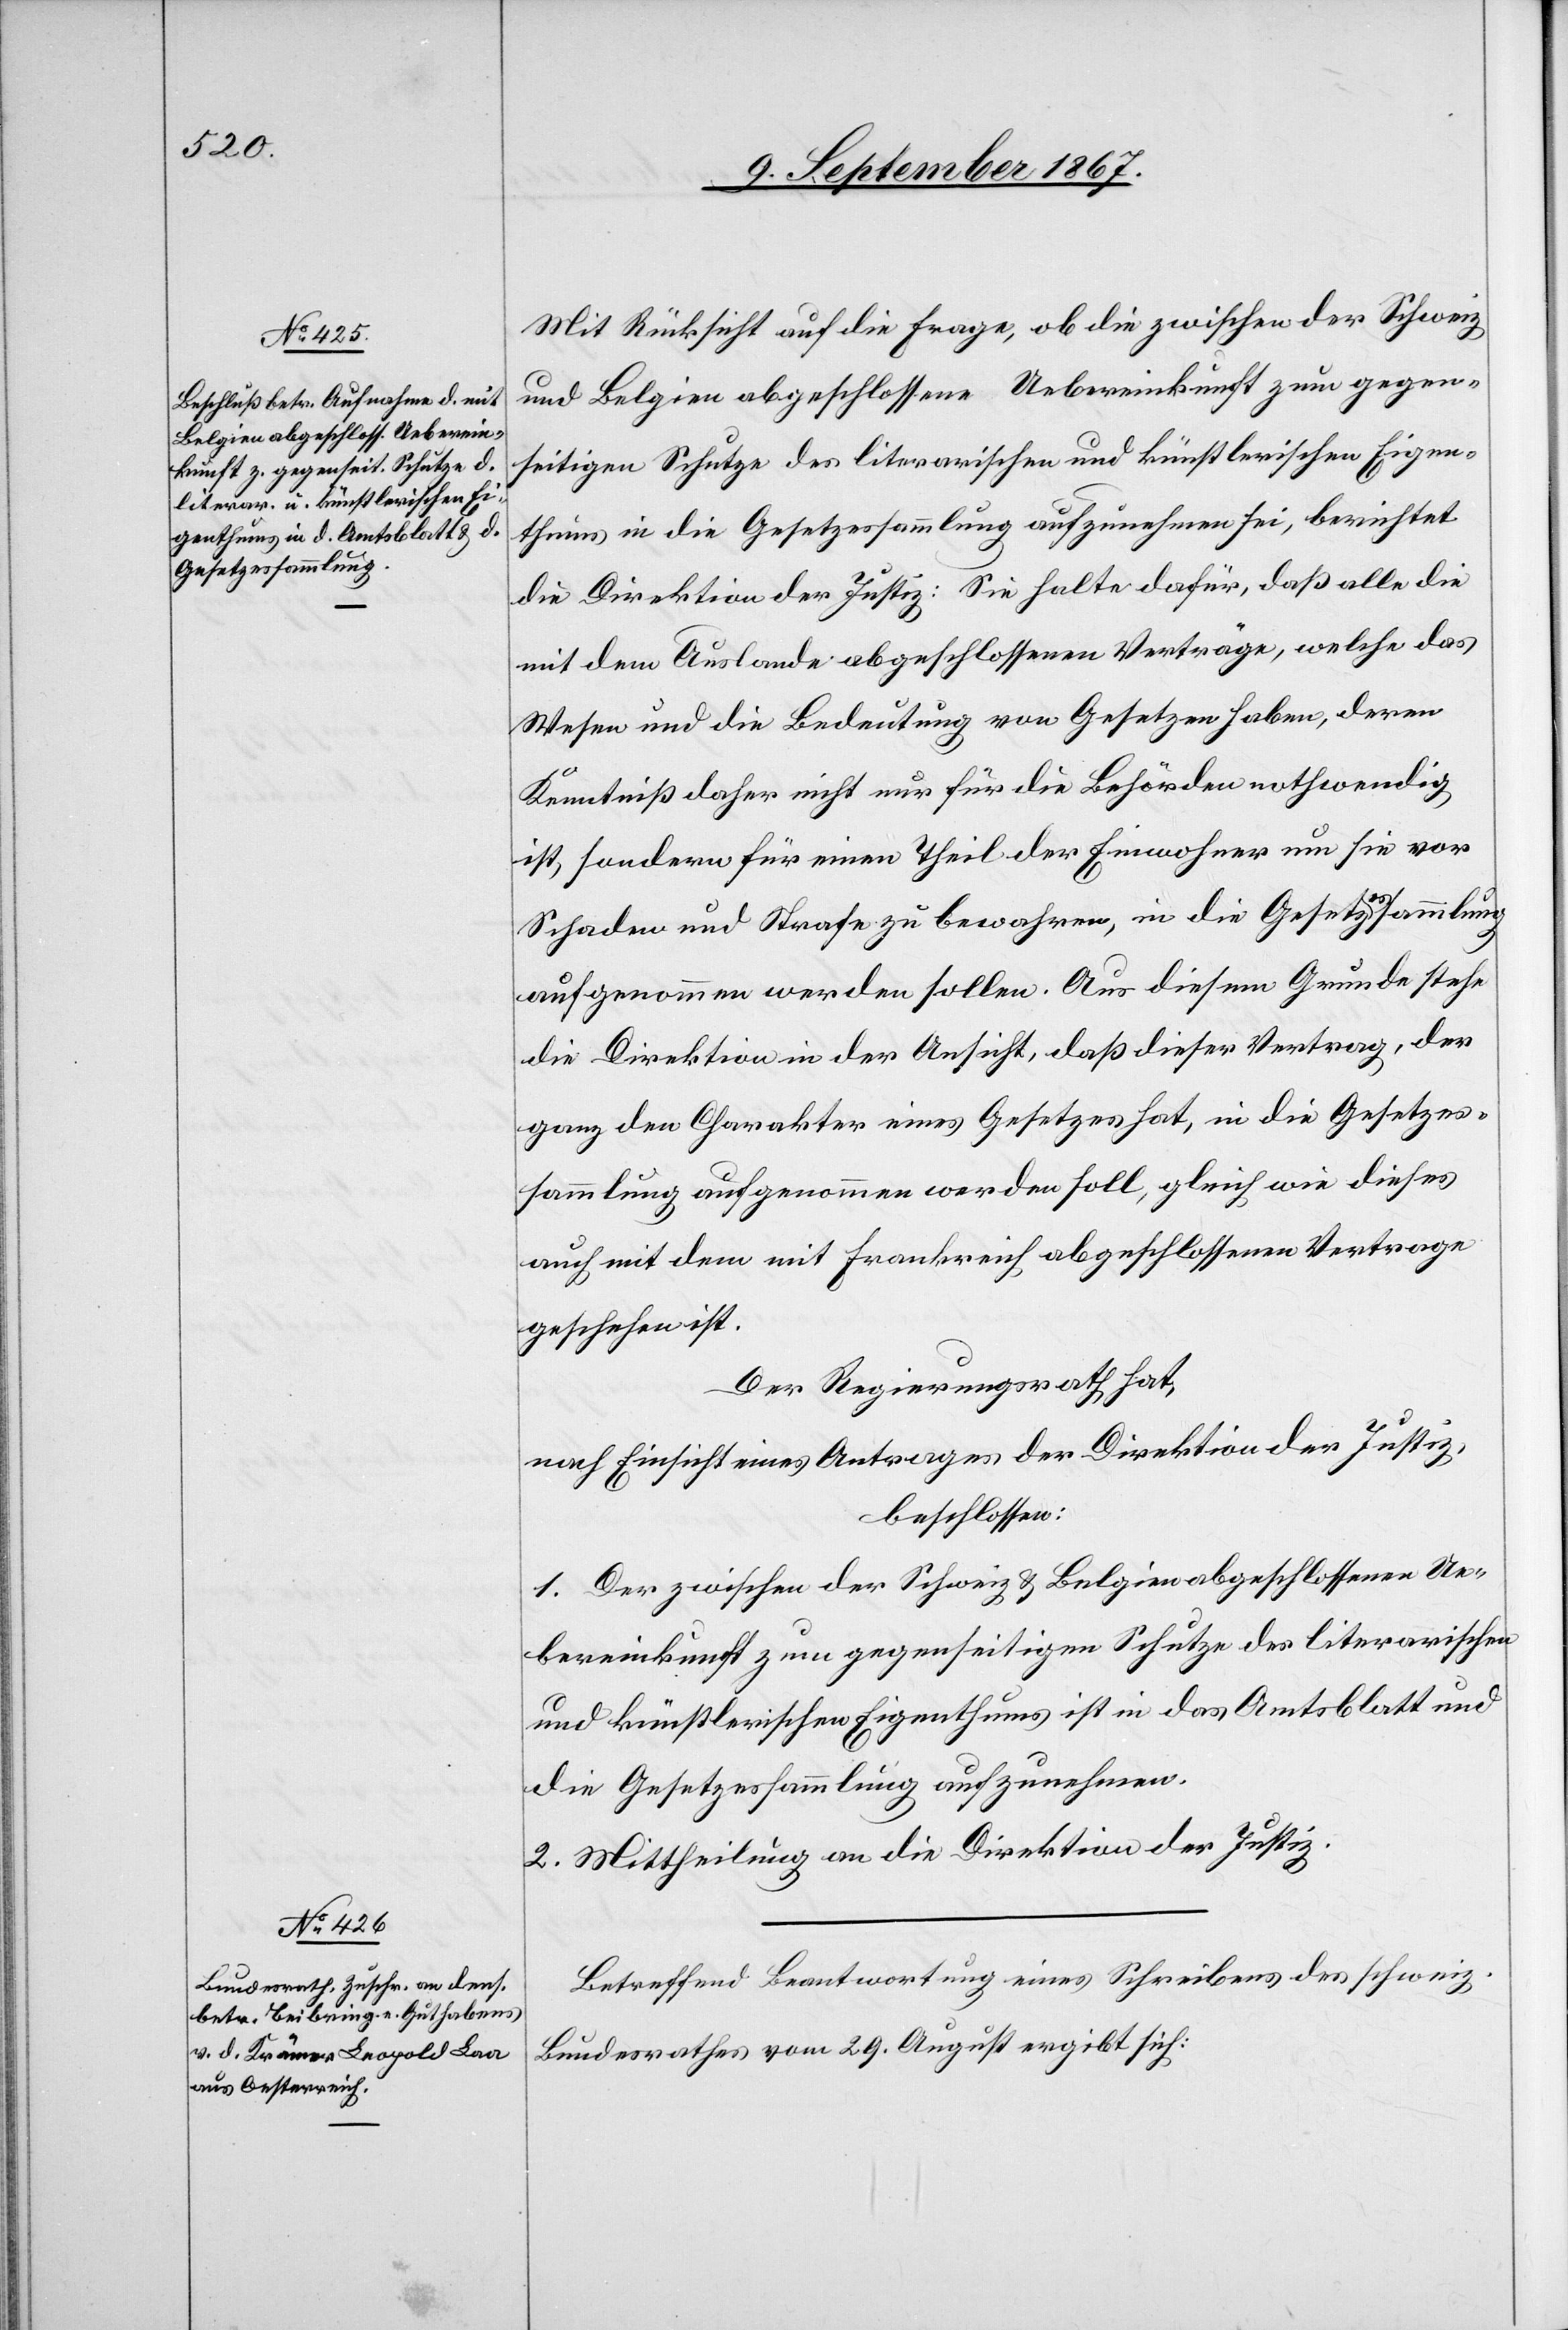
Mit Rücksicht auf die Frage, ob die zwischen der Schweiz
und Belgien abgeschlossene Uebereinkunft zum gegen¬
seitigen Schutze des literarischen und künstlerischen Eigen¬
thums in die Gesetzessammlung aufzunehmen sei, berichtet
die Direktion der Justiz: Sie halte dafür, daß alle die
mit dem Auslande abgeschlossenen Verträge, welche das
Wesen und die Bedeutung von Gesetzen haben, deren
Kenntniß daher nicht nur für die Behörden nothwendig
ist, sondern für einen Theil der Einwohner um sie vor
Schaden und Strafe zu bewahren, in die Gesetzessammlun¬
g
aufgenommen werden sollen. Aus diesem Grunde stehe
die Direktion in der Ansicht, daß dieser Vertrag, der
ganz den Charakter eines Gesetzes hat, in die Gesetzes¬
sammlung aufgenommen werden soll, gleich wie dieses
auch mit dem mit Frankreich abgeschlossenen Vertrage
geschehen ist.
Der Regierungsrath hat,
nach Einsicht eines Antrages der Direktion der Justiz,
beschlossen:
[recte: Die] zwischen der Schweiz und Belgien abgeschlossene Ue¬
bereinkunft zum gegenseitigen Schutze des literarischen
und künstlerischen Eigenthums ist in das Amtsblatt und
die Gesetzessammlung aufzunehmen.
2. Mittheilung an die Direktion der Justiz.
Betreffend Beantwortung eines Schreibens des schweiz.
Bundesrathes vom 29. August ergibt sich: